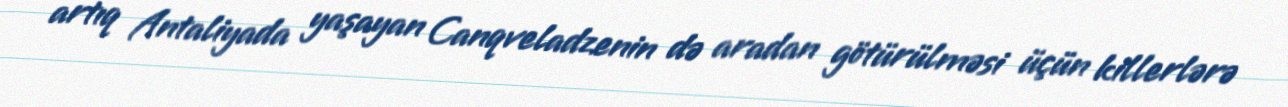
artıq Antaliyada yaşayan Canqveladzenin də aradan götürülməsi üçün killerlərə